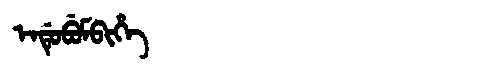
Manchu: ᡝᠨᡩᡠᠪᡠᠮᠪᡳᡥᡝ
Romanization: ENDUBUMBIHE